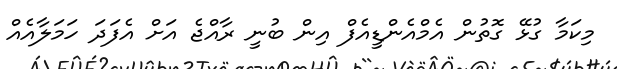
މިކަމާ ގުޅޭ ގޮތުން އެމްއެންޑީއެފް އިން ބުނީ ރާއްޖެ އަށް އެފަދަ ހަމަލާއެއް